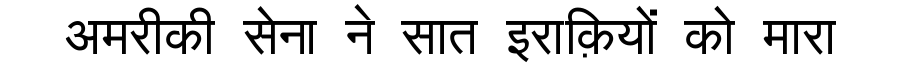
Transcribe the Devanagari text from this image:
अमरीकी सेना ने सात इराक़ियों को मारा